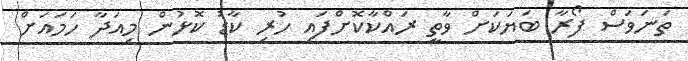
ތަނަވަސް ފޯރާ ބަޔަކަށް ވާތީ ރައްކާކޮށްފައި ހުރި ކާޑު ކޮޅުން މިއަދާ ހަމައަށް